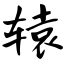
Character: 辕